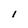
Character: 1